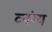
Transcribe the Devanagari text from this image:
व्‍यंग्य